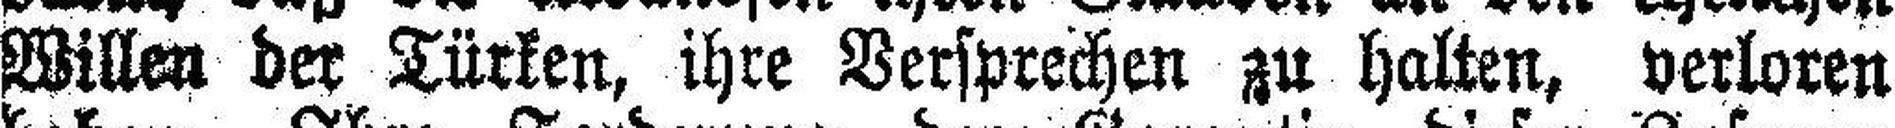
Willen der Türken, ihre Versprechen zu halten, verloren